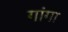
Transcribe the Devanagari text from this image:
गांगा